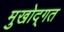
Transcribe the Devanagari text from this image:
मुखोद्गत